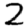
Digit: 2